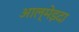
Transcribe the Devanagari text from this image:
आल्मेइदा